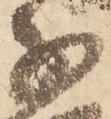
子